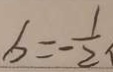
b = - \frac { 1 } { 2 }